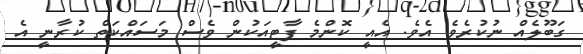
ގަބޫލެއް ނުކުރެވެ އެވެ. އެއީ ކޮންމެ ޕާޓީއަކުން ވެސް މަސައްކަތް ކުރާނީ އެ